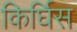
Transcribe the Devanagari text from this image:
किर्घिस